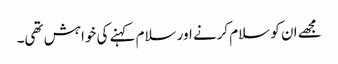
مجھے ان کو سلام کرنے اور سلام کہنے کی خواہش تھی۔